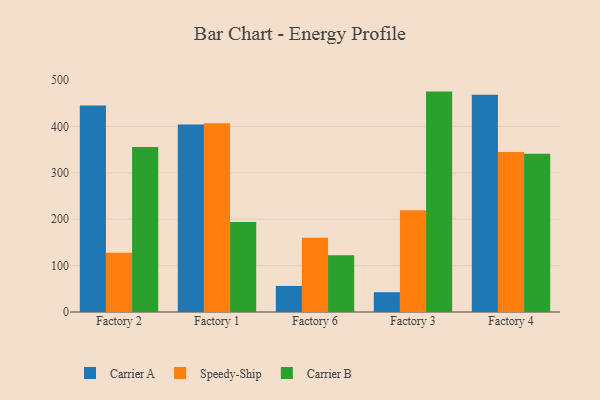
{"axis": {"x": "Factory", "y": "Customer Acquisition Cost (USD)"}, "legend": ["Carrier A", "Carrier B", "Speedy-Ship"], "data": [{"x": "Factory 2", "y": 445.3, "type": "Carrier A"}, {"x": "Factory 2", "y": 127.6, "type": "Speedy-Ship"}, {"x": "Factory 2", "y": 355.9, "type": "Carrier B"}, {"x": "Factory 1", "y": 404.0, "type": "Carrier A"}, {"x": "Factory 1", "y": 407.0, "type": "Speedy-Ship"}, {"x": "Factory 1", "y": 194.0, "type": "Carrier B"}, {"x": "Factory 6", "y": 56.2, "type": "Carrier A"}, {"x": "Factory 6", "y": 160.0, "type": "Speedy-Ship"}, {"x": "Factory 6", "y": 122.6, "type": "Carrier B"}, {"x": "Factory 3", "y": 42.7, "type": "Carrier A"}, {"x": "Factory 3", "y": 219.3, "type": "Speedy-Ship"}, {"x": "Factory 3", "y": 475.1, "type": "Carrier B"}, {"x": "Factory 4", "y": 468.1, "type": "Carrier A"}, {"x": "Factory 4", "y": 345.1, "type": "Speedy-Ship"}, {"x": "Factory 4", "y": 341.3, "type": "Carrier B"}]}